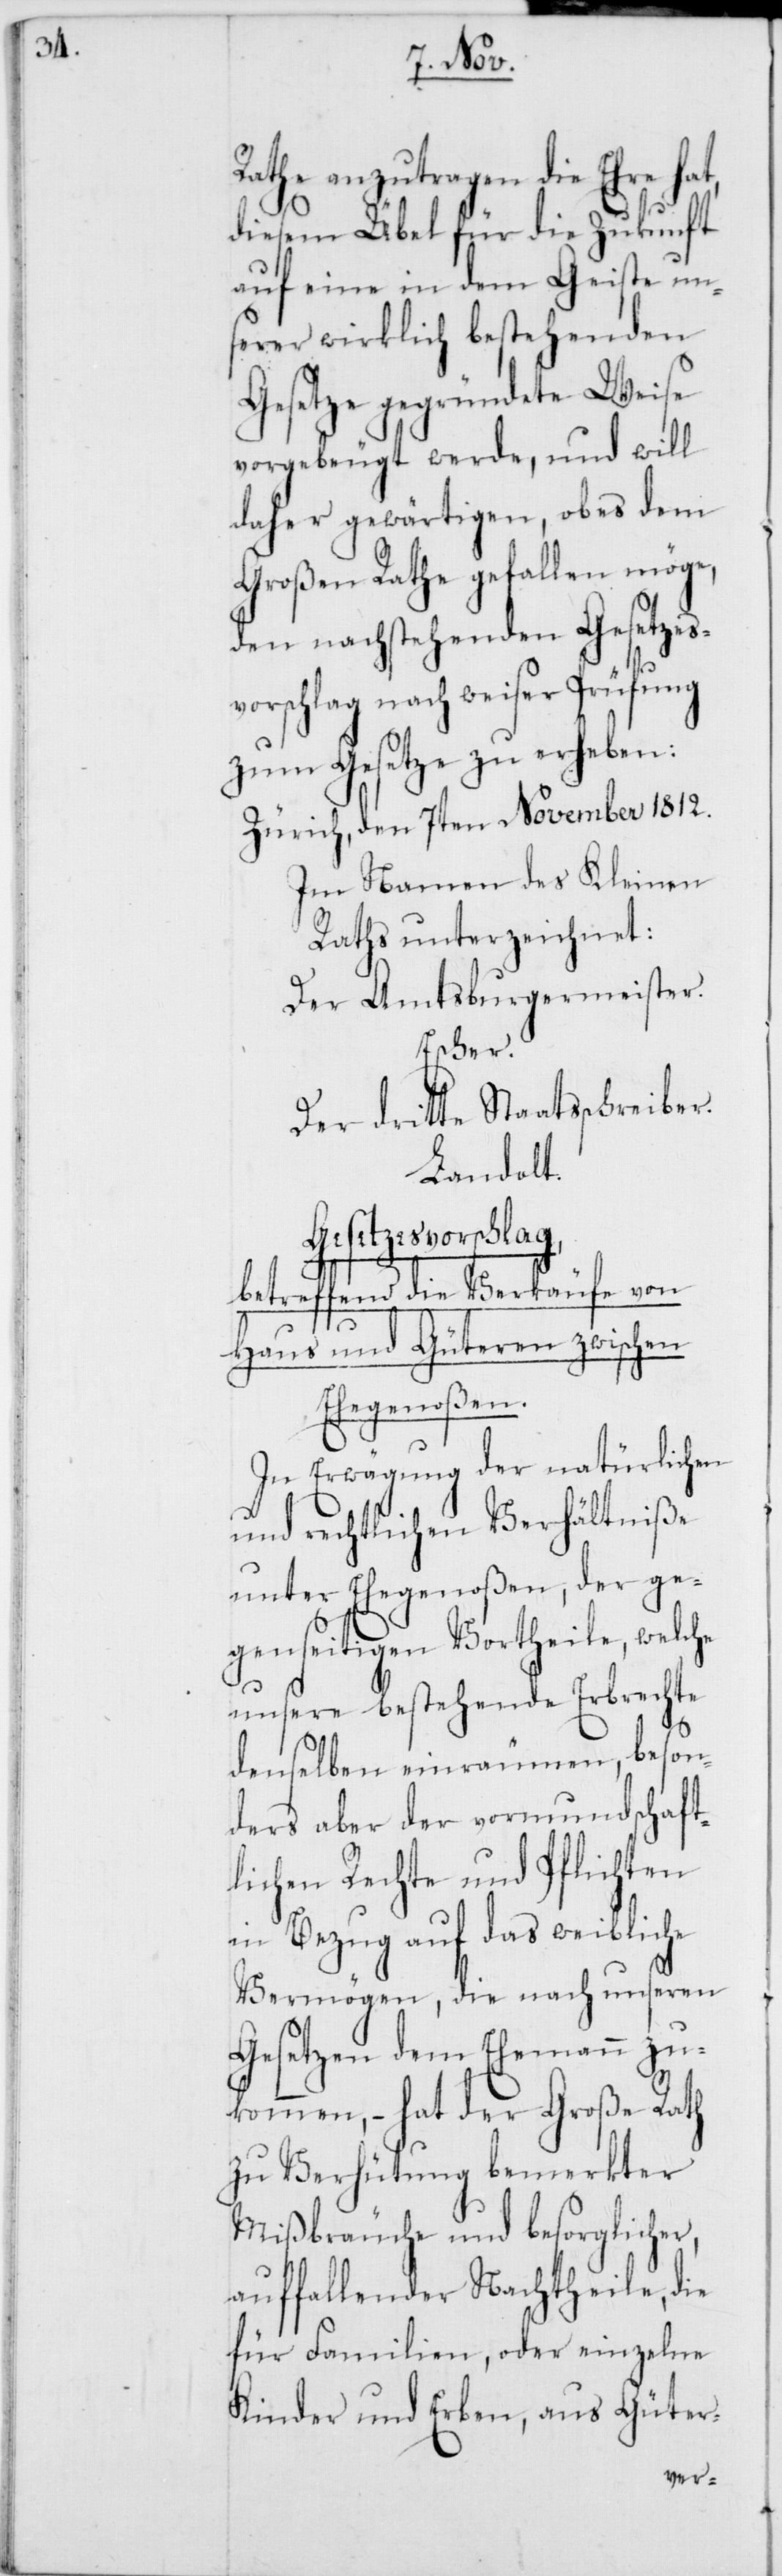
Rathe anzutragen die Ehre ha¬
diesem Übel für die Zukunft
auf eine in dem Geiste un¬
serer wirklich bestehenden
Gesetze gegründete Weise
vorgebeugt werde, und will
daher gewärtigen, ob es dem
Großen Rathe gefallen möge,
den nachstehenden Gesetzesv¬
orschlag nach weiser Prüfung
zum Gesetze zu erheben:
Zürich, den 7ten November 1812.
Im Namen des Kleinen
Raths unterzeichnet:
Der Amtsburgermeister.
beson¬
Der dritte Staatsschreiber.
Landolt.
Gesetzesvorschlag,
betreffend die Verkäufe von
Haus und Güteren zwischen
Ehegenoßen.
In Erwägung der natürlichen
und rechtlichen Verhältniße
ft¬
unter Ehegenoßen, der
genseitigen Vortheile, welche
unsere bestehende Erbrechte
denselben einräumen,
ders aber der vormundscha¬
lichen Rechte und Pflichten
in Bezug auf das weibliche
Vermögen, die nach unseren
Gesetzen dem Ehemann zu¬
kommen, – hat der Große Rath
zu Verhütung bemerkter
Mißbräuche und besorglicher
auffallender Nachtheile, die
für Familien oder einzelne
Kinder und Erben, aus Güter-